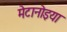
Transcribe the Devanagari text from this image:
मेटानोइया